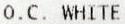
O.C. WHITE